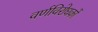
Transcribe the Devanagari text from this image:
वर्णविरोधकों